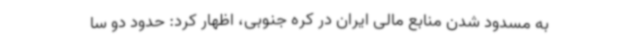
به مسدود شدن منابع مالی ایران در کره جنوبی، اظهار کرد: حدود دو سا